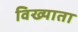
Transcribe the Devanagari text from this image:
विख्याता